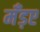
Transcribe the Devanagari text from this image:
मँड़ए